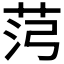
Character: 𰰸